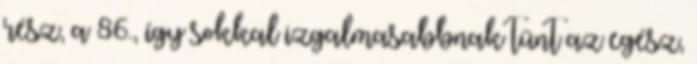
rész, a 86., így sokkal izgalmasabbnak tűnt az egész,